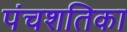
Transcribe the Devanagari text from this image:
पंचशतिका